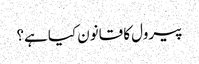
پیرول کا قانون کیا ہے؟